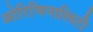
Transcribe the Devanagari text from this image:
ओरिजिनालिटी